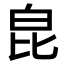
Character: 𤽏